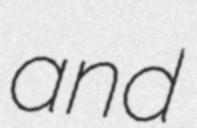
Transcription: and